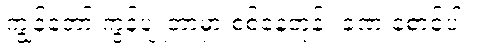
ကျွန်တော် ကွန်ပျူတာမှာ စစ်နေတုန်း ခဏ စောင့်ပါ။